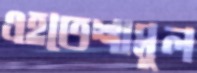
এহতেশামুল